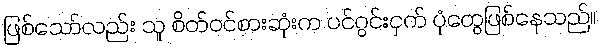
ဖြစ်သော်လည်း သူ စိတ်ဝင်စားဆုံးက ပင်ဂွင်းငှက် ပုံတွေဖြစ်နေသည်။